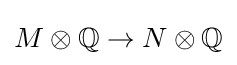
M\otimes \mathbb {Q} \to N\otimes \mathbb {Q}